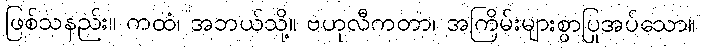
ဖြစ်သနည်း။ ကထံ၊ အဘယ်သို့။ ဗဟုလီကတာ၊ အကြိမ်းများစွာပြုအပ်သော။